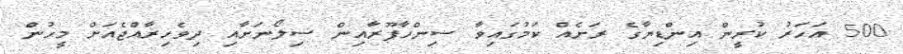
500 އަހަރު ކުރީން އިންޑިޔާގެ ރަށެއް ކަމުގައިވާ ސިންހާޕޫރާއިން ސިލޯނަށާއި ދިވެހިރާއްޖެއަށް މީހުން